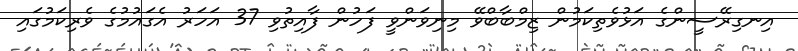
އިނގިރޭސީންގެ އަޅުވެތިކަމުން ޒިމްބާބްވޭ މިނިވަންވީ ފަހުން ފާއިތުވި 37 އަހަރު އެގައުމުގެ ވެރިކަމުގައި